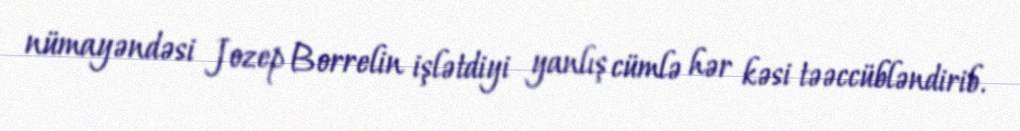
nümayəndəsi Jozep Borrelin işlətdiyi yanlış cümlə hər kəsi təəccübləndirib.